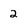
Character: 2